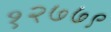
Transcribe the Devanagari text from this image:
१२७७९